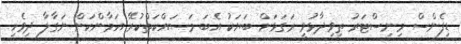
ޑިފެންސް މިނިސްޓަރު ތިވިދާޅުވީ ރަގަޅަށް ބަޔަކު އެބަ މަސައްކަތްކުރޭ އަމާންކަން ނަގާލާ ދިވެހި